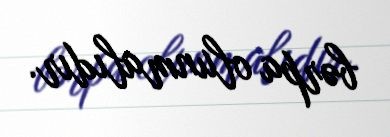
bərpa olunmalıdır.